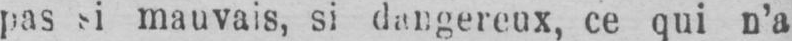
pas si mauvais, si dangereux, ce qui n’a